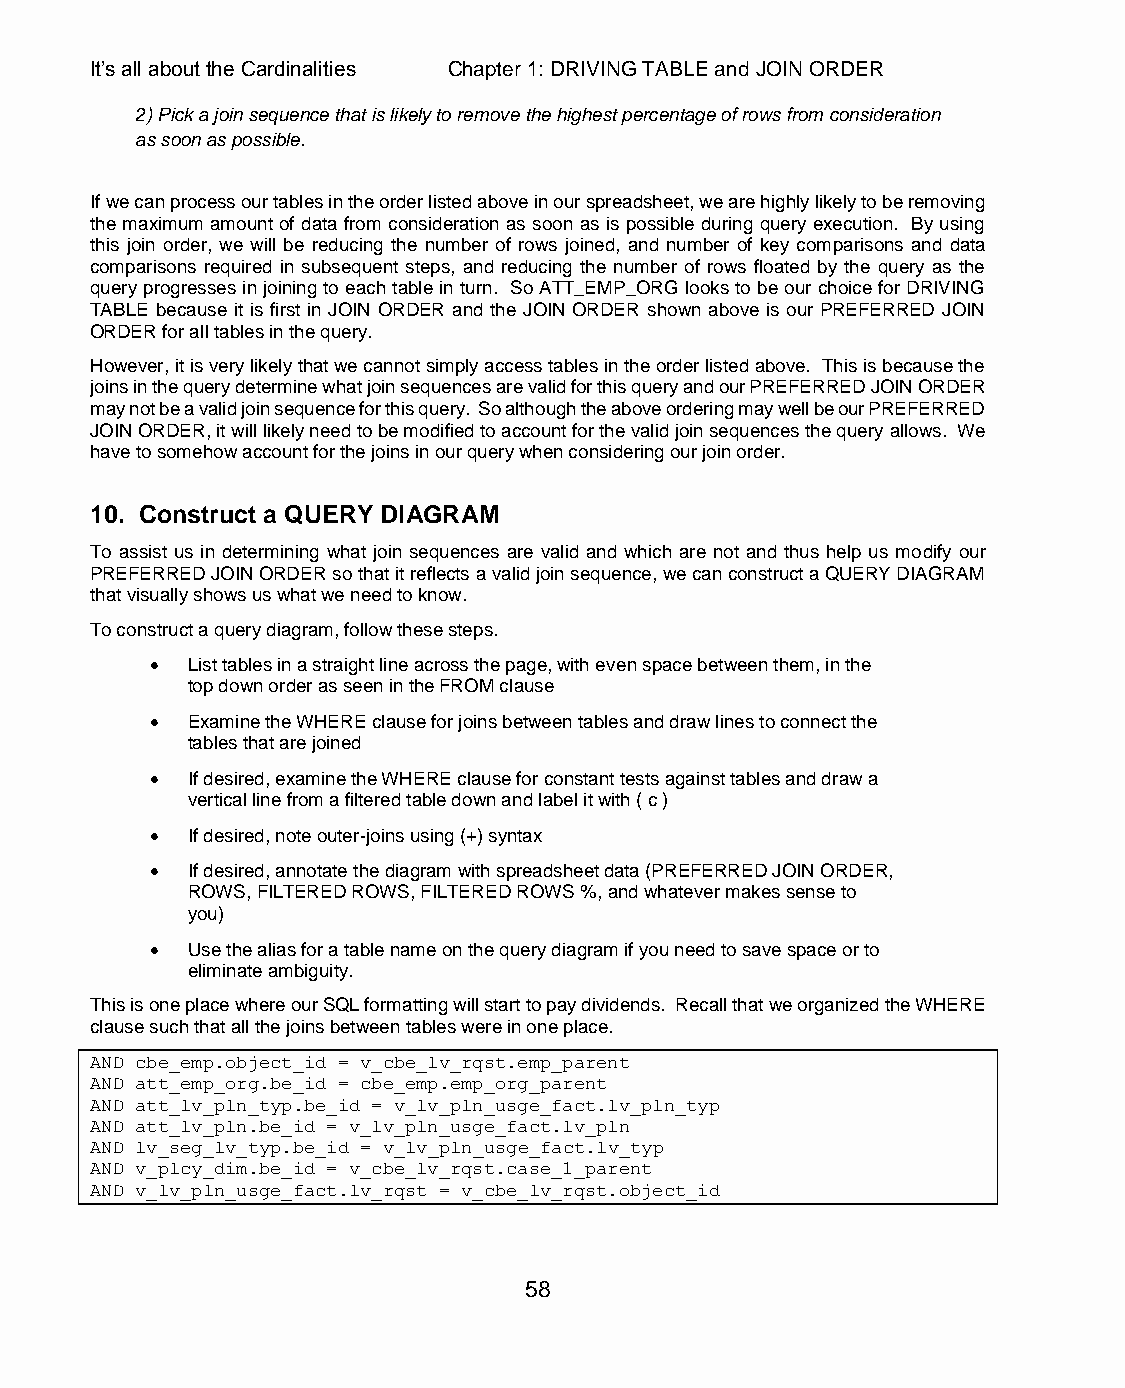
It’s all about the Cardinalities Chapter 1: DRIVING TABLE and JOIN ORDER
 2) Pick a join sequence that is likely to remove the highest percentage of rows from consideration
 as soon as possible.
 If we can process our tables in the order listed above in our spreadsheet, we are highly likely to be removing
 the maximum amount of data from consideration as soon as is possible during query execution. By using
 this join order, we will be reducing the number of rows joined, and number of key comparisons and data
 comparisons required in subsequent steps, and reducing the number of rows floated by the query as the
 query progresses in joining to each table in turn. So ATT_EMP_ORG looks to be our choice for DRIVING
 TABLE because it is first in JOIN ORDER and the JOIN ORDER shown above is our PREFERRED JOIN
 ORDER for all tables in the query.
 However, it is very likely that we cannot simply access tables in the order listed above. This is because the
 joins in the query determine what join sequences are valid for this query and our PREFERRED JOIN ORDER
 may not be a valid join sequence for this query. So although the above ordering may well be our PREFERRED
 JOIN ORDER, it will likely need to be modified to account for the valid join sequences the query allows. We
 have to somehow account for the joins in our query when considering our join order.
 10. Construct a QUERY DIAGRAM
 To assist us in determining what join sequences are valid and which are not and thus help us modify our
 PREFERRED JOIN ORDER so that it reflects a valid join sequence, we can construct a QUERY DIAGRAM
 that visually shows us what we need to know.
 To construct a query diagram, follow these steps.
  List tables in a straight line across the page, with even space between them, in the
 top down order as seen in the FROM clause
  Examine the WHERE clause for joins between tables and draw lines to connect the
 tables that are joined
  If desired, examine the WHERE clause for constant tests against tables and draw a
 vertical line from a filtered table down and label it with ( c )
  If desired, note outer-joins using (+) syntax
  If desired, annotate the diagram with spreadsheet data (PREFERRED JOIN ORDER,
 ROWS, FILTERED ROWS, FILTERED ROWS %, and whatever makes sense to
 you)
  Use the alias for a table name on the query diagram if you need to save space or to
 eliminate ambiguity.
 This is one place where our SQL formatting will start to pay dividends. Recall that we organized the WHERE
 clause such that all the joins between tables were in one place.
 AND cbe_emp.object_id = v_cbe_lv_rqst.emp_parent
 AND att_emp_org.be_id = cbe_emp.emp_org_parent
 AND att_lv_pln_typ.be_id = v_lv_pln_usge_fact.lv_pln_typ
 AND att_lv_pln.be_id = v_lv_pln_usge_fact.lv_pln
 AND lv_seg_lv_typ.be_id = v_lv_pln_usge_fact.lv_typ
 AND v_plcy_dim.be_id = v_cbe_lv_rqst.case_1_parent
 AND v_lv_pln_usge_fact.lv_rqst = v_cbe_lv_rqst.object_id
 58